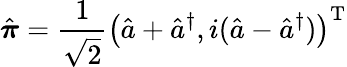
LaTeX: \hat{\boldsymbol{\pi}}=\frac{1}{\sqrt{2}}\left(\hat{a}+\hat{a}^{\dagger},i(\hat{a}-\hat{a}^{\dagger})\right)^{\mathrm{T}}